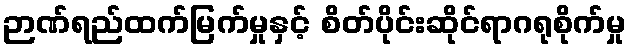
ဉာဏ်ရည်ထက်မြက်မှုနှင့် စိတ်ပိုင်းဆိုင်ရာဂရုစိုက်မှု